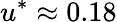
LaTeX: u^{*}\approx 0.18